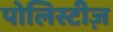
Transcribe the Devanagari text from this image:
पोलिस्टीज़